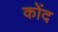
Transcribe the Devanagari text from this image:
कोंद